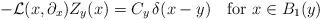
LaTeX: \begin{align*} -{\mathcal L}(x,\partial_x)Z_y(x)=C_y\,\delta(x-y) \quad\hbox{for}\ x\in B_1(y) \end{align*}